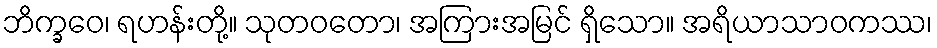
ဘိက္ခဝေ၊ ရဟန်းတို့။ သုတဝတော၊ အကြားအမြင် ရှိသော။ အရိယာသာဝကဿ၊